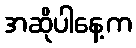
အဆိုပါနေ့က